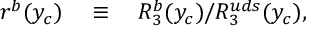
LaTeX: r ^ { b } ( y _ { c } ) \quad \equiv \quad R _ { 3 } ^ { b } ( y _ { c } ) / R _ { 3 } ^ { u d s } ( y _ { c } ) ,